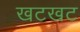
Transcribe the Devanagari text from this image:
खटखट